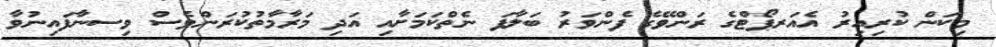
މިކަން ކުރިއިރު އެއަރޕޯޓްގެ ރަންވޭގެ ފެންވަރު ބަލާފަ ނެތްކަމަށާއި އަދި މަރާމާތުކުރަންވެސް ވިސނާފައިނުވާ